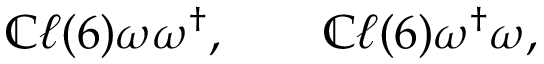
\begin{array} { r } { \mathbb { C } \ell ( 6 ) \omega \omega ^ { \dagger } , \qquad \mathbb { C } \ell ( 6 ) \omega ^ { \dagger } \omega , } \end{array}